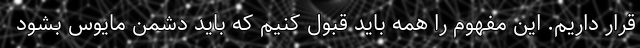
قرار داریم. این مفهوم را همه باید قبول کنیم که باید دشمن مایوس بشود